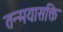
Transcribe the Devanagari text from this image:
तन्मयासक्ति